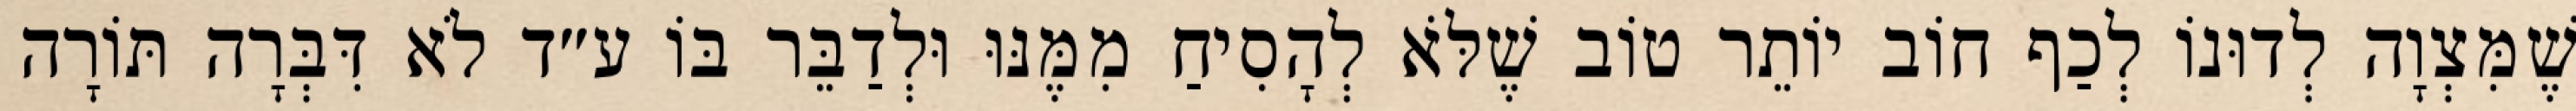
שֶׁמִּצְוָה לְדוּנוֹ לְכַף חוֹב יוֹתֵר טוֹב שֶׁלֹּא לְהָסִיחַ מִמֶּנּוּ וּלְדַבֵּר בּוֹ ע״ד לֹא דִּבְּרָה תּוֹרָה